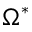
\Omega ^ { * }